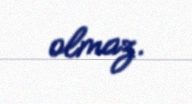
olmaz.